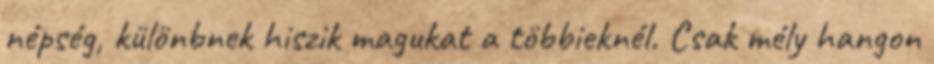
népség, különbnek hiszik magukat a többieknél. Csak mély hangon